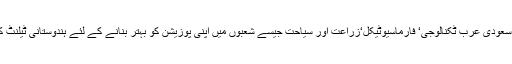
انہوں نے مزید کہا کہ سعودی عرب ٹکنالوجی‘ فارماسیوٹیکل‘زراعت اور سیاحت جیسے شعبوں میں اپنی پوزیشن کو بہتر بنانے کے لئے ہندوستانی ٹیلنٹ کا استعمال کرسکتا ہے۔